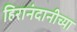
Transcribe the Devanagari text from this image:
हिरानंदानीच्या